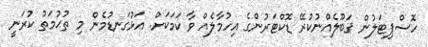
ހޮސްޕިޓަލުން ޤަބޫލެއްނުކުރޭ ޑޮކްޓަރުންގެ އިހުމާލެއް ވާ ކަމަކަށް. އަޅުގަނޑުމެން މި ތުޙުމަތު ކުރަނީ